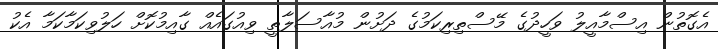
އެގޮތުން އިސްމާއީލު ވަހީދުގެ މޭސްތިރިކަމުގެ ދަށުން މުއާސަލާތީ ވިއުގައެއް ގާއިމުކޮށް ހަލުވިކަމާކަމާ އެކު